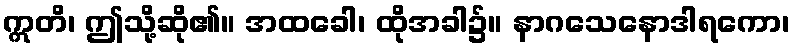
ဣတိ၊ ဤသို့ဆို၏။ အထခေါ၊ ထိုအခါ၌။ နာဂသေနောဒါရကော၊